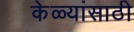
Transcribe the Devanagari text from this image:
केळ्यांसाठी